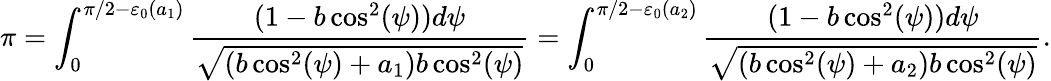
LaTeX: \pi=\int_{0}^{\pi/2-\varepsilon_{0}(a_{1})}\frac{(1-b\cos^{2}(\psi))d\psi}{\sqrt{(b\cos^{2}(\psi)+a_{1})b\cos^{2}(\psi)}}=\int_{0}^{\pi/2-\varepsilon_{0}(a_{2})}\frac{(1-b\cos^{2}(\psi))d\psi}{\sqrt{(b\cos^{2}(\psi)+a_{2})b\cos^{2}(\psi)}}.